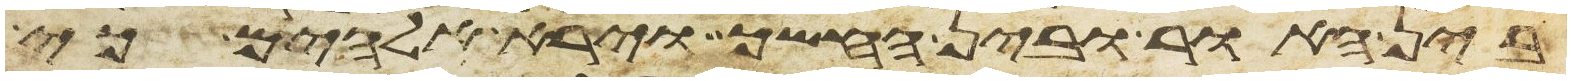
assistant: בין האור ובין החשך וירא אלהים כי